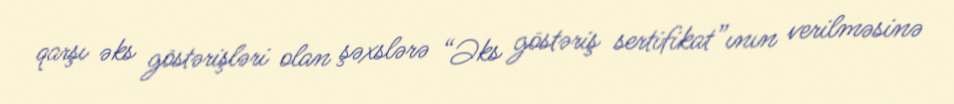
qarşı əks göstərişləri olan şəxslərə “Əks göstəriş sertifikat”ının verilməsinə